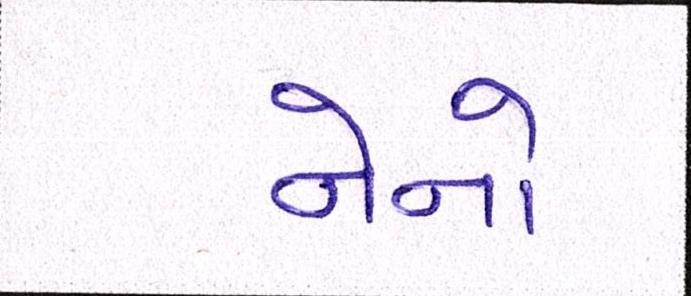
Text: નેનો